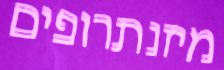
מיזנתרופים